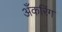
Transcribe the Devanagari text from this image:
अँकरिंग